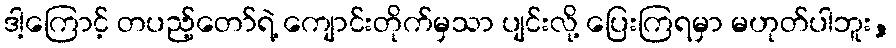
ဒါ့ကြောင့် တပည့်တော်ရဲ့ ကျောင်းတိုက်မှသာ ပျင်းလို့ ပြေးကြရမှာ မဟုတ်ပါဘူး,